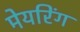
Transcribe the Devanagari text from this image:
मेयरिंग